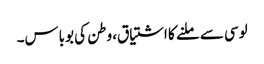
لوسی سے ملنے کا اشتیاق، وطن کی بوباس۔